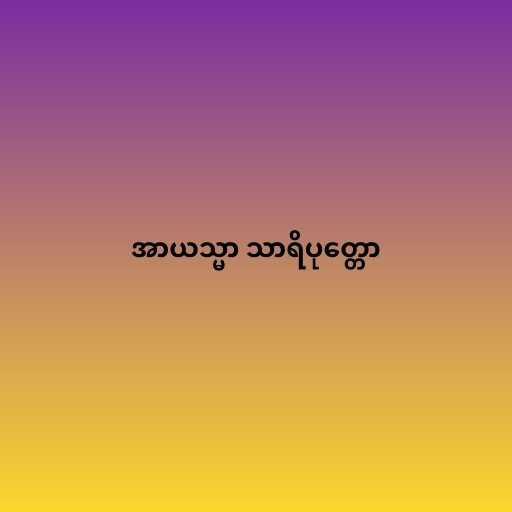
အာယသ္မာ သာရိပုတ္တော